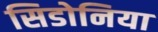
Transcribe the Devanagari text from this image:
सिडोनिया